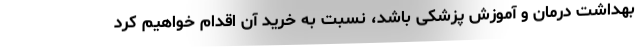
بهداشت درمان و آموزش پزشکی باشد، نسبت به خرید آن اقدام خواهیم کرد